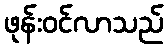
ဖုန်းဝင်လာသည်